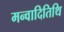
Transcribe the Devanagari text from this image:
मन्वादितिथि